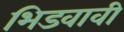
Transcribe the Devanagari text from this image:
भिडवावी